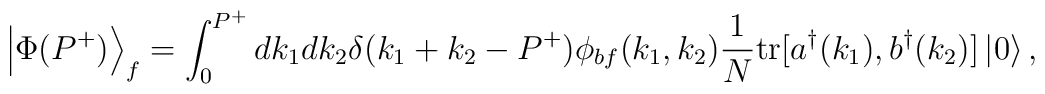
\left\vert  \Phi(P^+) \right\rangle_f=\int_0^{P^+} dk_1 dk_2 \delta(k_1+k_2-P^+)\phi_{bf}(k_1,k_2){1 \over N}{\rm tr}[a^\dagger(k_1), b^\dagger(k_2)]\left\vert  0 \right\rangle ,